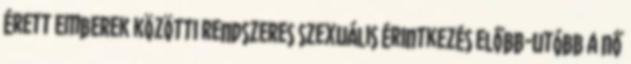
érett emberek közötti rendszeres szexuális érintkezés előbb-utóbb a nő